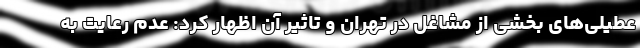
عطیلی‌های بخشی از مشاغل در تهران و تاثیر آن اظهار کرد: عدم رعایت به